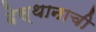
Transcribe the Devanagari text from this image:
देस्थानाची